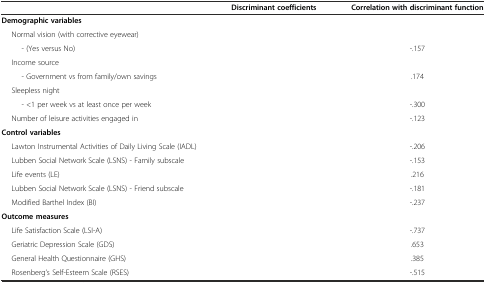
<table><thead><tr><td>[EMPTY_CELL]</td><td><b>Discriminant coefficients</b></td><td><b>Correlation with discriminant function</b></td></tr></thead><tbody><tr><td><b>Demographic variables</b></td><td>[EMPTY_CELL]</td><td>[EMPTY_CELL]</td></tr><tr><td>Normal vision (with corrective eyewear)</td><td>[EMPTY_CELL]</td><td>[EMPTY_CELL]</td></tr><tr><td>- (Yes versus No)</td><td>[EMPTY_CELL]</td><td>-.157</td></tr><tr><td>Income source</td><td>[EMPTY_CELL]</td><td>[EMPTY_CELL]</td></tr><tr><td>- Government vs from family/own savings</td><td>[EMPTY_CELL]</td><td>.174</td></tr><tr><td>Sleepless night</td><td>[EMPTY_CELL]</td><td>[EMPTY_CELL]</td></tr><tr><td>- &lt;1 per week vs at least once per week</td><td>[EMPTY_CELL]</td><td>-.300</td></tr><tr><td>Number of leisure activities engaged in</td><td>[EMPTY_CELL]</td><td>-.123</td></tr><tr><td><b>Control variables</b></td><td>[EMPTY_CELL]</td><td>[EMPTY_CELL]</td></tr><tr><td>Lawton Instrumental Activities of Daily Living Scale (IADL)</td><td>[EMPTY_CELL]</td><td>-.206</td></tr><tr><td>Lubben Social Network Scale (LSNS) - Family subscale</td><td>[EMPTY_CELL]</td><td>-.153</td></tr><tr><td>Life events (LE)</td><td>[EMPTY_CELL]</td><td>.216</td></tr><tr><td>Lubben Social Network Scale (LSNS) - Friend subscale</td><td>[EMPTY_CELL]</td><td>-.181</td></tr><tr><td>Modified Barthel Index (BI)</td><td>[EMPTY_CELL]</td><td>-.237</td></tr><tr><td><b>Outcome measures</b></td><td>[EMPTY_CELL]</td><td>[EMPTY_CELL]</td></tr><tr><td>Life Satisfaction Scale (LSI-A)</td><td>[EMPTY_CELL]</td><td>-.737</td></tr><tr><td>Geriatric Depression Scale (GDS)</td><td>[EMPTY_CELL]</td><td>.653</td></tr><tr><td>General Health Questionnaire (GHS)</td><td>[EMPTY_CELL]</td><td>.385</td></tr><tr><td>Rosenberg’s Self-Esteem Scale (RSES)</td><td>[EMPTY_CELL]</td><td>-.515</td></tr></tbody></table>